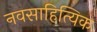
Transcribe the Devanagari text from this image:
नवसाहित्यिक